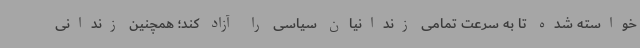
خواسته شده تا به سرعت تمامی زندانیان سیاسی را آزاد کند؛ همچنین زندانی